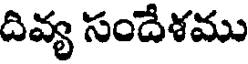
దివ్య సందేశము